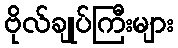
ဗိုလ်ချုပ်ကြီးများ